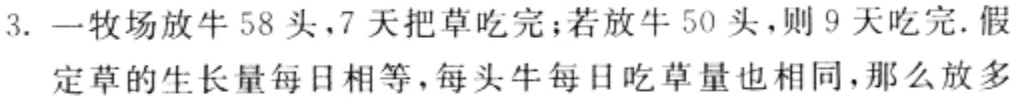
3. 一牧场放牛$58$头，$7$天把草吃完；若放牛$50$头，则$9$天吃完. 假定草的生长量每日相等，每头牛每日吃草量也相同，那么放多